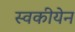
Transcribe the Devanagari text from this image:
स्वकीयेन